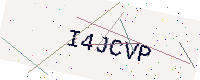
Text: I4JCVP